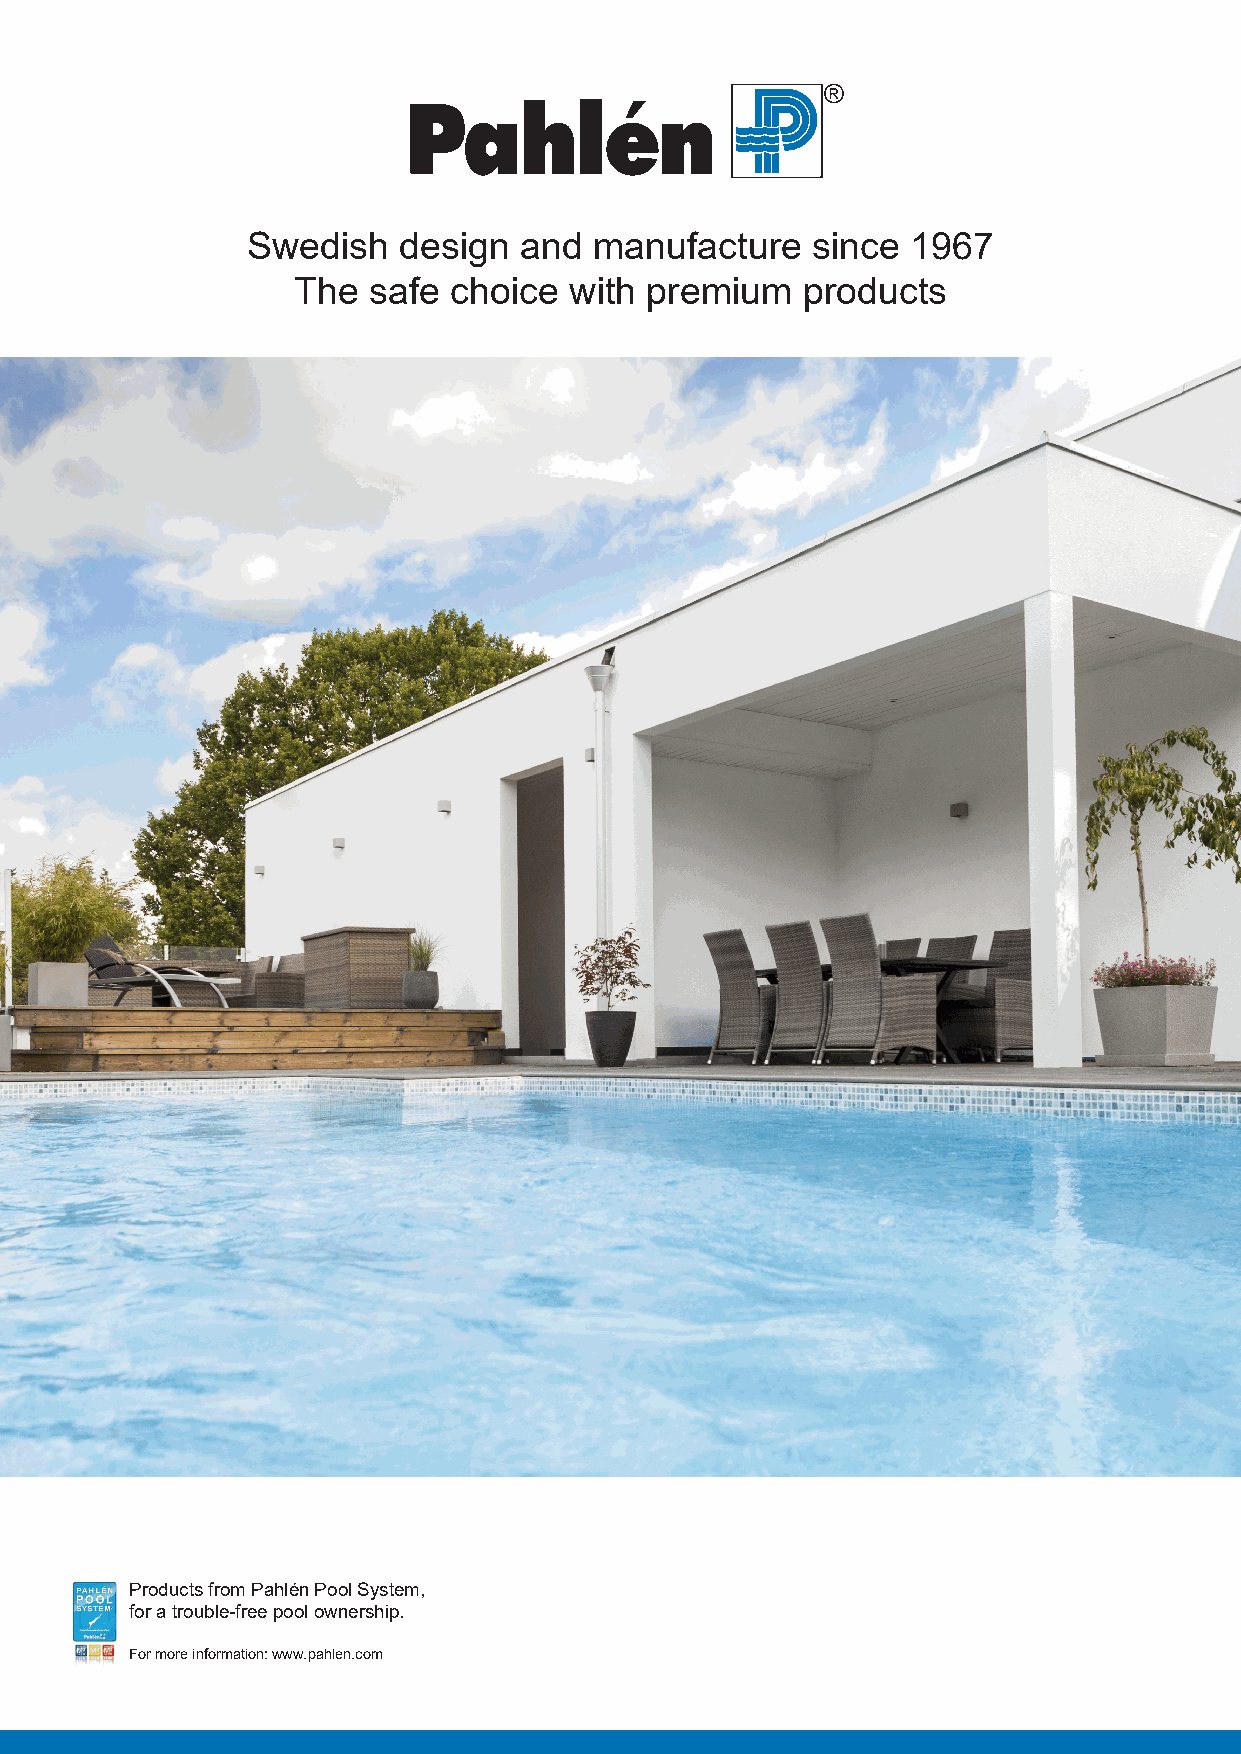
Swedish   design  and  manufacture    since 1967
 The  safe  choice  with premium   products
 Products from Pahlén Pool System,
 for a trouble-free pool ownership.
 For more information: www.pahlen.com